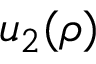
u _ { 2 } ( \rho )